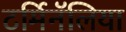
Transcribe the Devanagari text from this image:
टर्मिनॅलिया